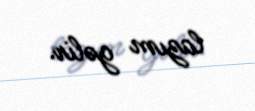
lazım gəlir.